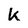
Character: k